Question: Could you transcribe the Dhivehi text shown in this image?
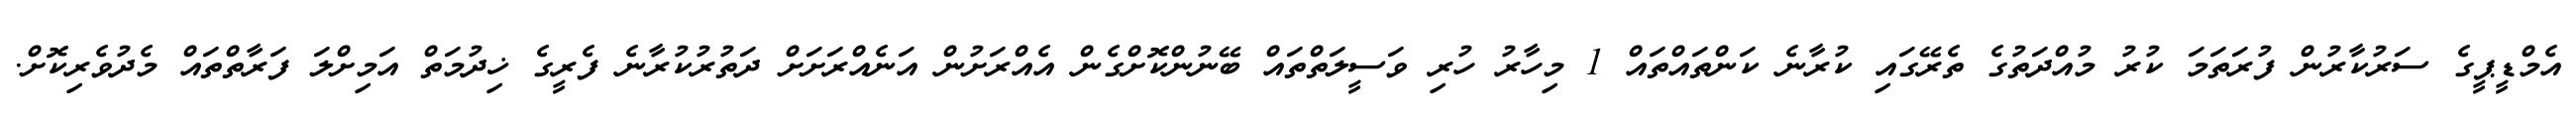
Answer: އެމްޑީޕީގެ ސަރުކާރުން ފުރަތަމަ ކުރު މުއްދަތުގެ ތެރޭގައި ކުރާނެ ކަންތައްތައް 1 މިހާރު ހުރި ވަސީލަތްތައް ބޭނުންކޮށްގެން އެއްރަށުން އަނެއްރަށަށް ދަތުރުކުރާނެ ފެރީގެ ޚިދުމަތް އަމިށްލަ ފަރާތްތައް މެދުވެރިކޮށް.